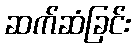
ဆက်ဆံခြင်း